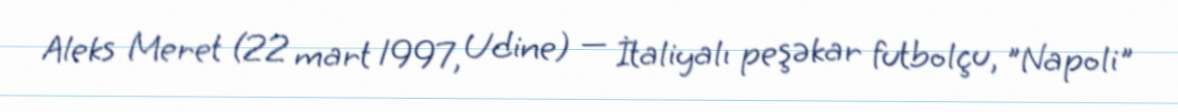
Aleks Meret (22 mart 1997, Udine) — İtaliyalı peşəkar futbolçu, "Napoli"